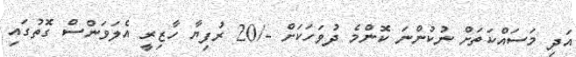
އަދި މަސައްކަތަށް ނުކުންނަ ކޮންމެ ދުވަހަކަށް -/20 ރުފިޔާ ހާޒިރީ އެލަވަންސް ގޮތުގައި